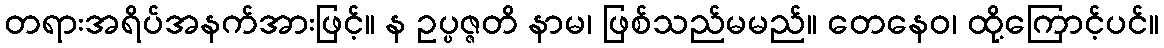
တရားအရိပ်အနက်အားဖြင့်။ န ဥပ္ပဇ္ဇတိ နာမ၊ ဖြစ်သည်မမည်။ တေနေဝ၊ ထို့ကြောင့်ပင်။